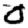
Digit: 0